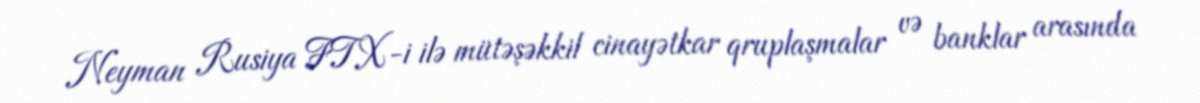
Neyman Rusiya FTX-i ilə mütəşəkkil cinayətkar qruplaşmalar və banklar arasında